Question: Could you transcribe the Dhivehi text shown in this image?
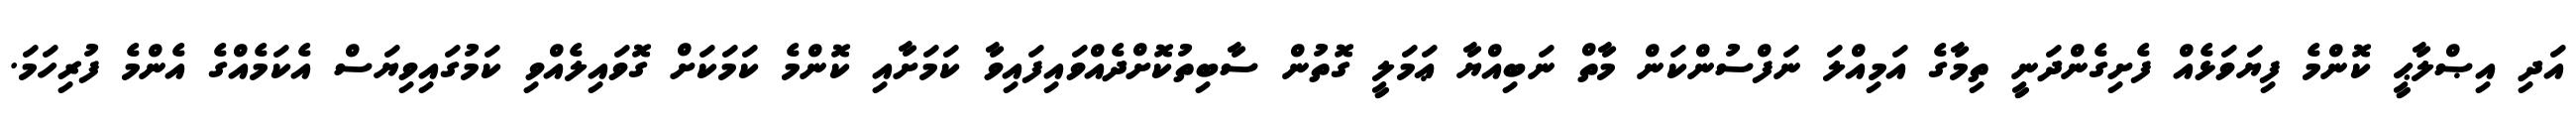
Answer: އަދި އިޞްލާޙީ ކޮންމެ ފިޔަވަޅެއް ފެށިގެންދަނީ ތިމާގެ އަމިއްލަ ނަފްސުންކަން މާތް ނަބިއްޔާ ޢަމަލީ ގޮތުން ސާބިތުކޮށްދެއްވައިފައިވާ ކަމަށާއި ކޮންމެ ކަމަކަށް ގޮވައިލެއްވި ކަމުގައިވިޔަސް އެކަމެއްގެ އެންމެ ފުރިހަމަ.